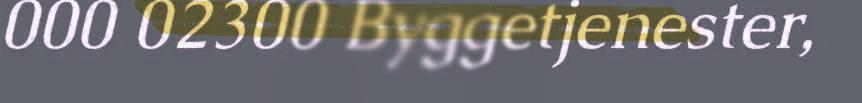
000 02300 Byggetjenester,